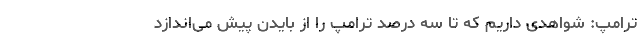
ترامپ: شواهدی داریم که تا سه درصد ترامپ را از بایدن پیش می‌اندازد